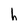
Character: h